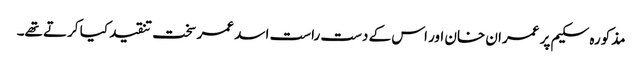
مذکورہ سکیم پر عمران خان اور اس کے دست راست اسد عمر سخت تنقید کیا کرتے تھے۔